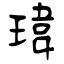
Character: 瑋